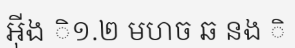
អ៊ីង ិ១.២ មហច ឆ នង ិ